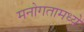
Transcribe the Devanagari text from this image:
मनोगतामध्ये